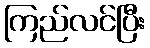
ကြည်လင်ပြီး